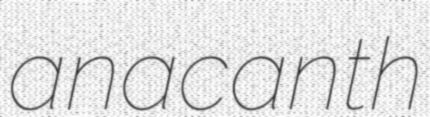
anacanth